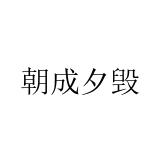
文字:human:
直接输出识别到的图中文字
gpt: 朝成夕毁